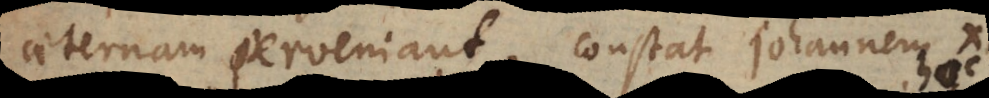
aeternam perveniant. Constat Johannem